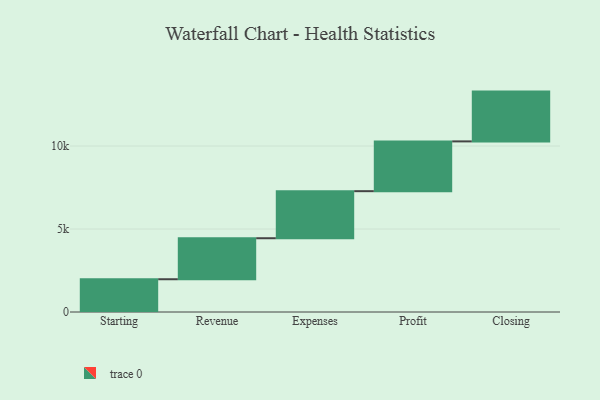
{"axis": {"x": "Step", "y": "Value"}, "legend": [""], "data": [{"x": "Starting", "y": 1974.0, "type": ""}, {"x": "Revenue", "y": 2471.0, "type": ""}, {"x": "Expenses", "y": 2836.0, "type": ""}, {"x": "Profit", "y": 3000, "type": ""}, {"x": "Closing", "y": 3000, "type": ""}]}